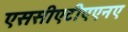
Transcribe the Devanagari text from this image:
एससीएटीएएनए